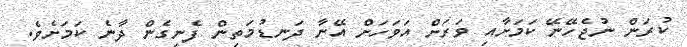
ކުރަން ނުޖެހޭނޭ ކަމަށާއި ވަރަށް އަވަހަށް އޭނާ ދަނޑުމަތިން ފެނިގެން ދާނެ ކަމަށެވެ.